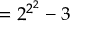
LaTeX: = { 2 ^ { 2 ^ { 2 } } } - 3